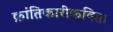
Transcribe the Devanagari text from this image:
क्रांतिकारीकविता